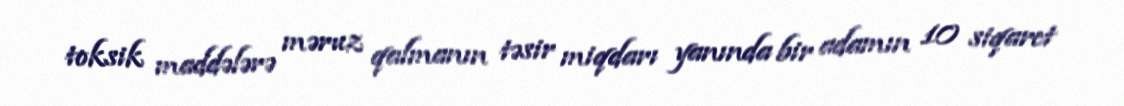
toksik maddələrə məruz qalmanın təsir miqdarı yanında bir adamın 10 siqaret